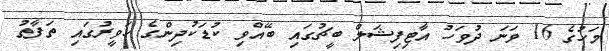
މަހުގެ 16 ވަނަ ދުވަހު އާޓިފިޝަލް ބީޗުގައި ބޭއްވި ކުޑަކުދިންގެ ހަވީރުގައި ތަފާތު